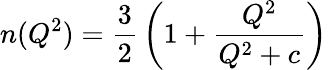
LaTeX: n(Q^{2})={\frac{3}{2}}\left(1+{\frac{Q^{2}}{Q^{2}+c}}\right)